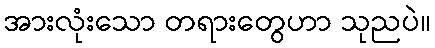
အားလုံးသော တရားတွေဟာ သုညပဲ။